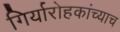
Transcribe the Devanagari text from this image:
गिर्यारोहकांच्याच